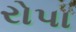
રોપા